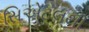
સિએટલથી